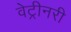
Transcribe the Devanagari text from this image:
वेट्रीनरी